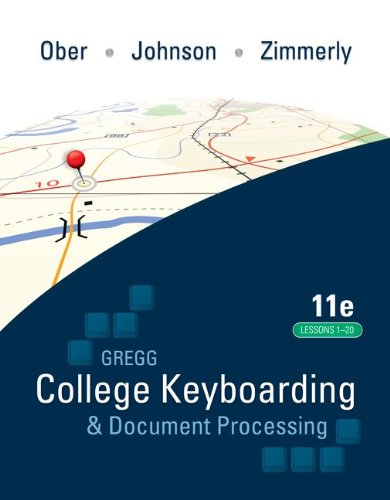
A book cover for Gregg College Keyboarding & Document Processing (GDP); Lessons 1-20 text; Scot Ober; Computers & Technology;